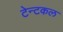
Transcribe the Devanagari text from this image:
टेन्टकल